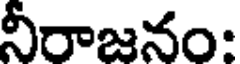
నీరాజనం: